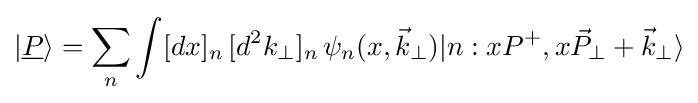
|{\underline {P}}\rangle =\sum _{n}\int [dx]_{n}\,[d^{2}k_{\perp }]_{n}\,\psi _{n}(x,{\vec {k}}_{\perp })|n:xP^{+},x{\vec {P}}_{\perp }+{\vec {k}}_{\perp }\rangle